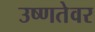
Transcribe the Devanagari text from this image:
उष्णतेवर